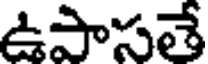
ఉపాసతే